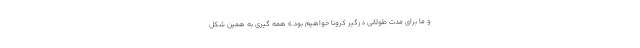
و ما برای مدت طولانی درگیر کرونا خواهیم بود.» همه گیری به همین شکل